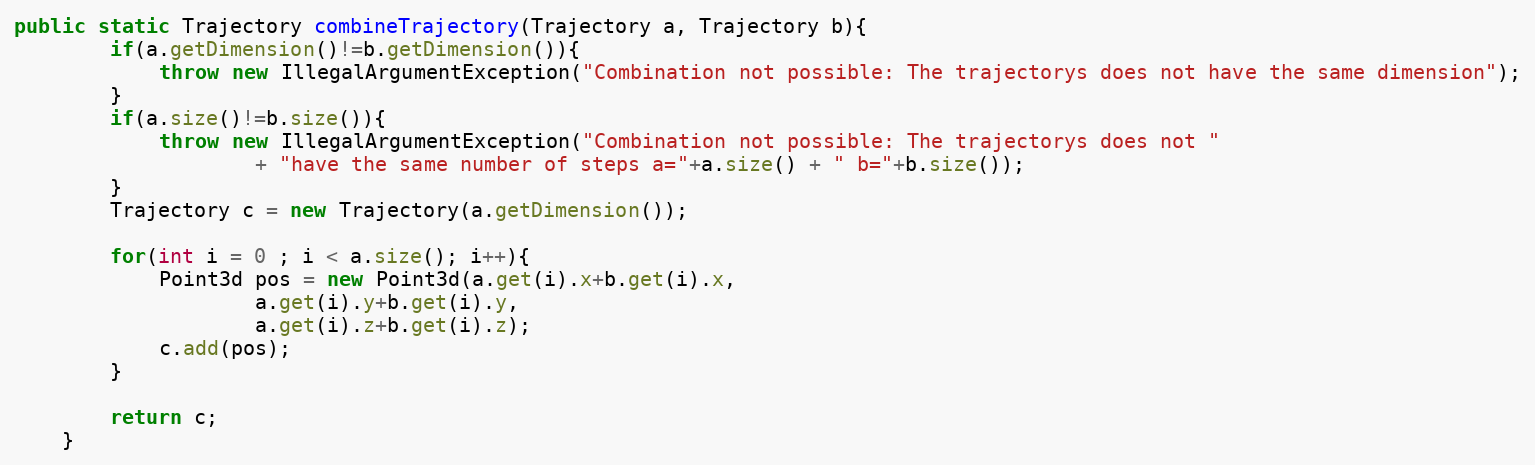
Language: Java
public static Trajectory combineTrajectory(Trajectory a, Trajectory b){
		if(a.getDimension()!=b.getDimension()){
			throw new IllegalArgumentException("Combination not possible: The trajectorys does not have the same dimension");
		}
		if(a.size()!=b.size()){
			throw new IllegalArgumentException("Combination not possible: The trajectorys does not "
					+ "have the same number of steps a="+a.size() + " b="+b.size());
		}
		Trajectory c = new Trajectory(a.getDimension());

		for(int i = 0 ; i < a.size(); i++){
			Point3d pos = new Point3d(a.get(i).x+b.get(i).x,
					a.get(i).y+b.get(i).y,
					a.get(i).z+b.get(i).z);
			c.add(pos);
		}

		return c;
	}